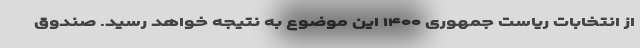
از انتخابات ریاست جمهوری ۱۴۰۰ این موضوع به نتیجه خواهد رسید. صندوق